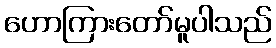
ဟောကြားတော်မူပါသည်